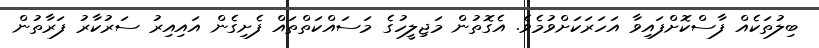
ބިލުތަކެއް ފާސްކޮށްފައިވާ އަހަރަކަށްވުމެވެ. އެގޮތުން މަޖިލީހުގެ މަސައްކަތްތައް ފެށިގެން އައިއިރު ސަރުކާރު ފަރާތުން